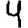
Digit: 4